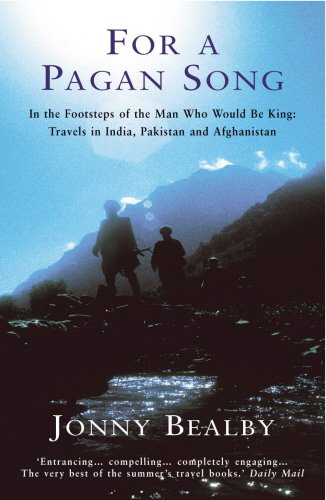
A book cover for For a Pagan Song; Jonny Bealby; Travel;